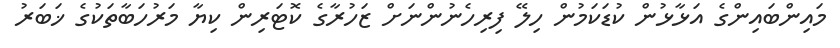
މައިންބައިންގެ އަޅާޅުން ކުޑަކަމުން ހިލޭ ފިރިހެނުންނަށް ޒަހުރާގެ ކޮޓަރިން ކިޔާ މަރުހަބާތަކުގެ ޚަބަރު